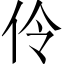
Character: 伶